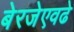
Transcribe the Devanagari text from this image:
बेरजेएवढे